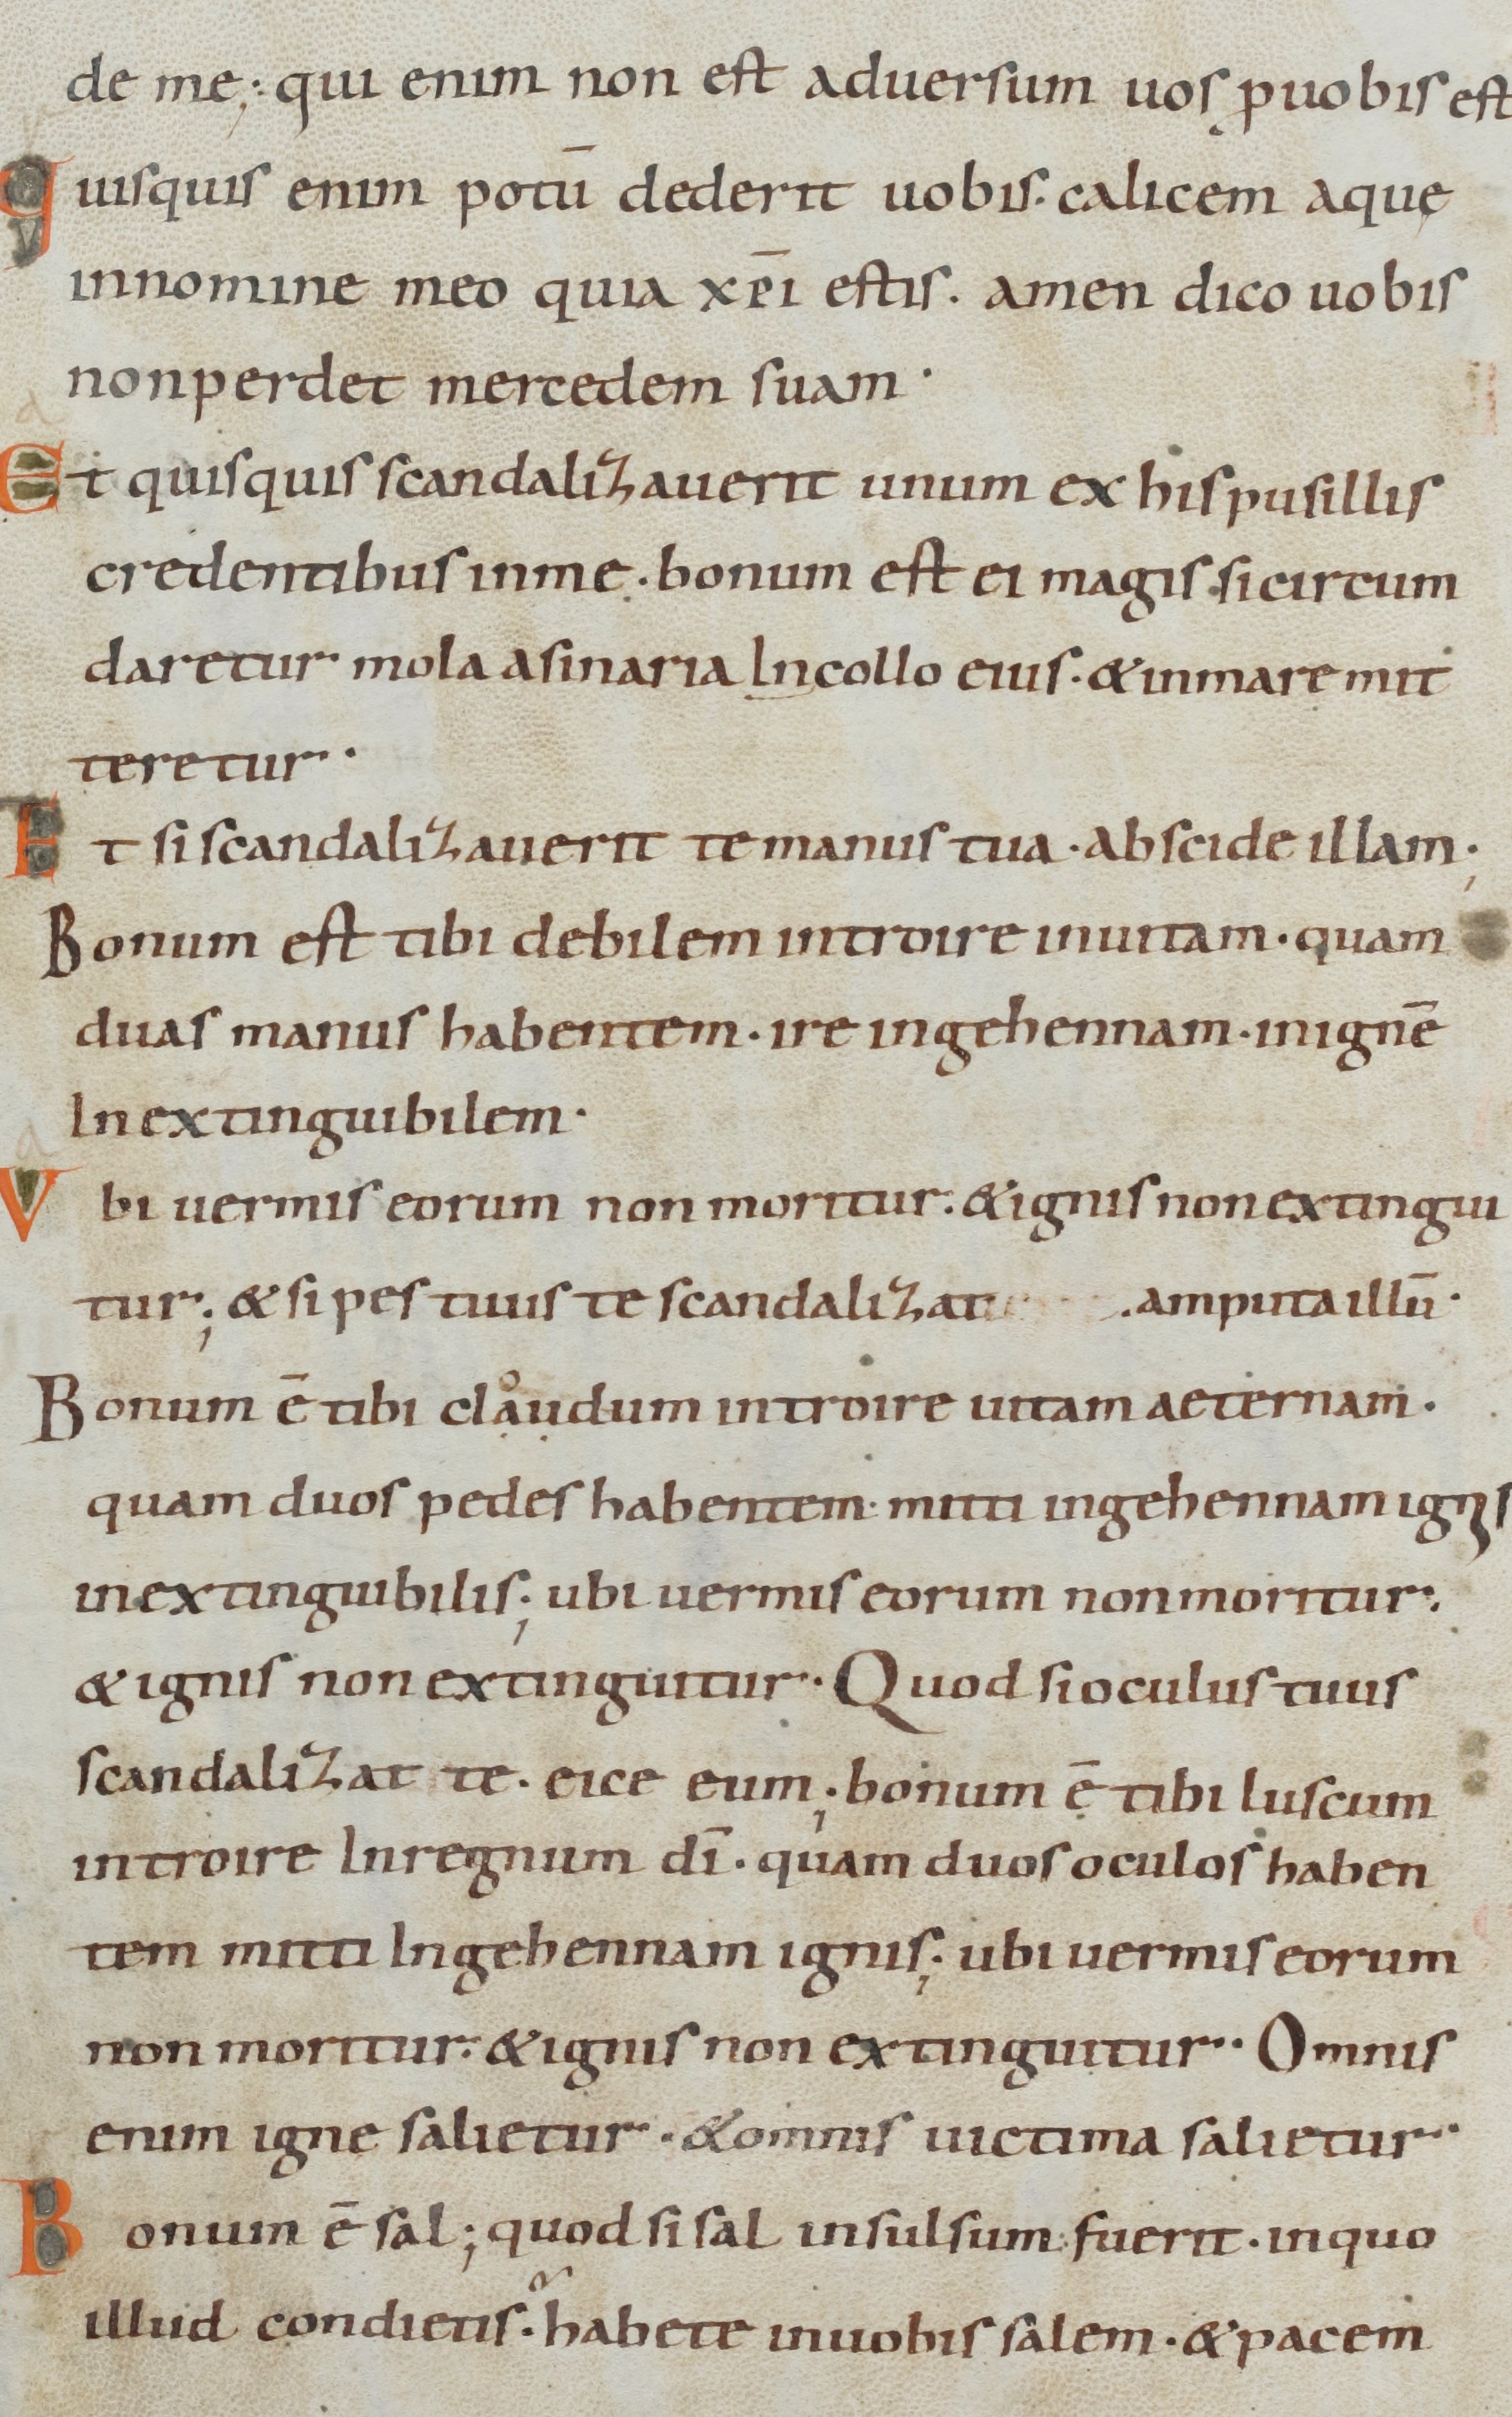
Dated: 885–950